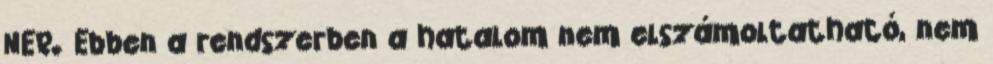
NER. Ebben a rendszerben a hatalom nem elszámoltatható, nem